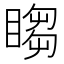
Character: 𬑡